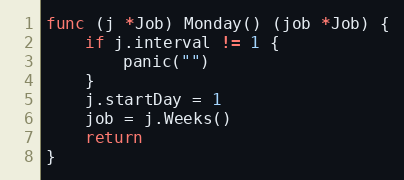
Language: Go
func (j *Job) Monday() (job *Job) {
	if j.interval != 1 {
		panic("")
	}
	j.startDay = 1
	job = j.Weeks()
	return
}